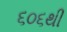
૬૦૬થી